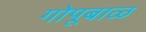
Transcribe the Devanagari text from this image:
गोपूबाळ